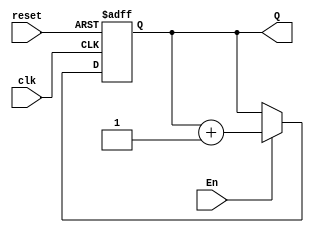
module counter4(
  reset, clk, En, Q
);
input reset, clk, En;
output reg [3:0] Q;

always @(posedge reset, posedge clk) begin
  if(reset)
    Q <= 0;
  else if(En)
    Q <= Q+1;
  else
    Q<= Q;
end

endmodule